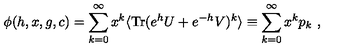
\phi ( h , x , g , c ) = \sum _ { k = 0 } ^ { \infty } x ^ { k } \langle \mathrm { T r } ( e ^ { h } U + e ^ { - h } V ) ^ { k } \rangle \equiv \sum _ { k = 0 } ^ { \infty } x ^ { k } p _ { k } \ ,